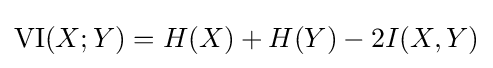
\mathrm {VI} (X;Y)=H(X)+H(Y)-2I(X,Y)